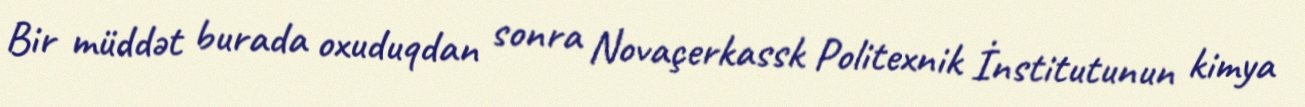
Bir müddət burada oxuduqdan sonra Novaçerkassk Politexnik İnstitutunun kimya